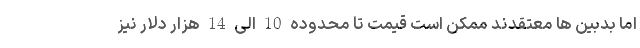
اما بدبین ها معتقدند ممکن است قیمت تا محدوده 10 الی 14 هزار دلار نیز